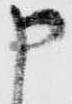
申